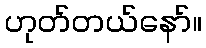
ဟုတ်တယ်နော်။